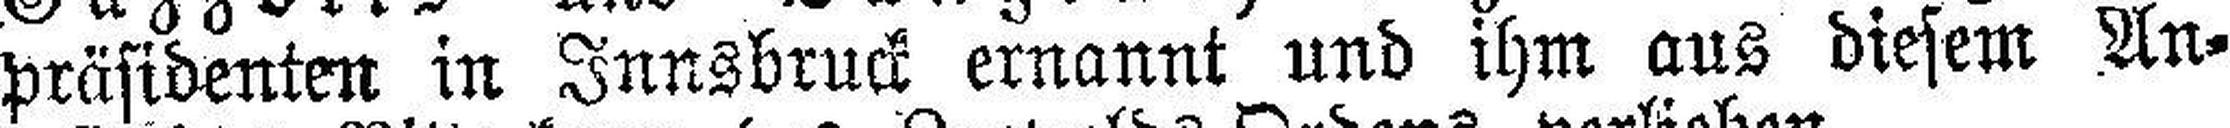
präsidenten in Innsbruck ernannt und ihm aus diesem An¬